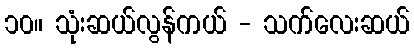
၁၀။ သုံးဆယ်လွန်ကယ် - သက်လေးဆယ်